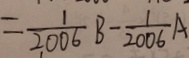
= \frac { 1 } { 2 0 0 6 } B - \frac { 1 } { 2 0 0 6 } A